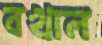
বখাল